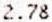
2.78